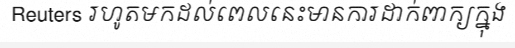
Reuters រហូតមកដល់ពេលនេះមានការដាក់ពាក្យក្នុង